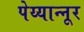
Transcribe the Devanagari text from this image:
पेय्यान्‍नूर